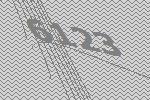
6123